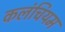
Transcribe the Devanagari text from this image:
कलंचियम